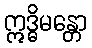
ဣဒ္ဓိမန္တော